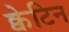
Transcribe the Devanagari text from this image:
क्वेटिन